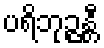
ပရိဘုဉ္ဇန္တီ